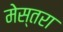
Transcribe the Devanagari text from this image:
मेस्तरा